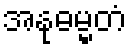
အနုဓမ္မတံ